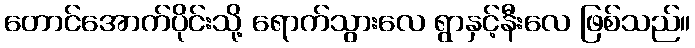
တောင်အောက်ပိုင်းသို့ ရောက်သွားလေ ရွာနှင့်နီးလေ ဖြစ်သည်။